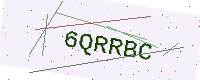
Text: 6QRRBC